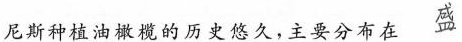
尼斯种植油橄榄的历史悠久，主要分布在 盛